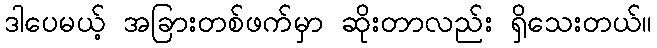
ဒါပေမယ့် အခြားတစ်ဖက်မှာ ဆိုးတာလည်း ရှိသေးတယ်။